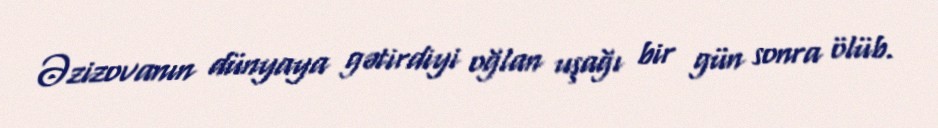
Əzizovanın dünyaya gətirdiyi oğlan uşağı bir gün sonra ölüb.